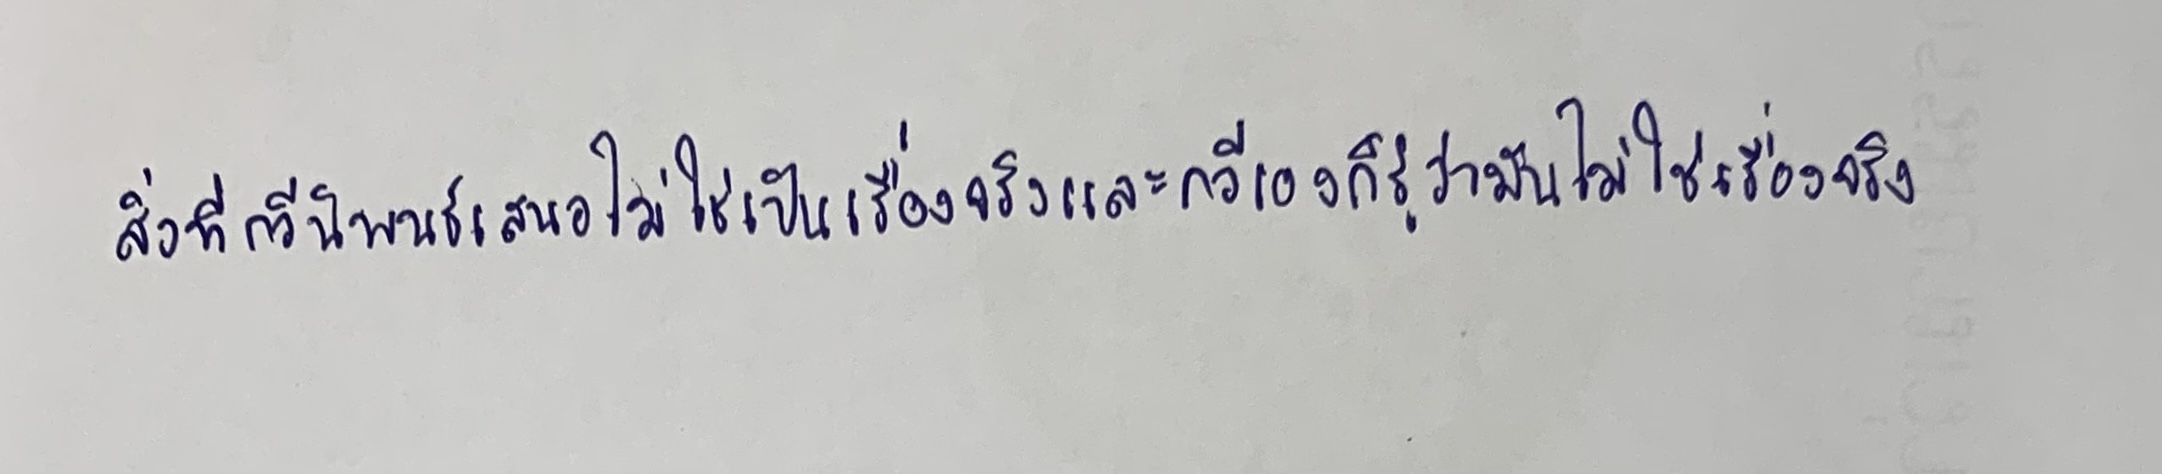
สิ่งที่กวีนิพนธ์เสนอไม่ใช่เป็นเรื่องจริงและกวีเองก็รู้ว่ามันไม่ใช่เรื่องจริง